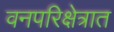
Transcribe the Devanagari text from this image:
वनपरिक्षेत्रात